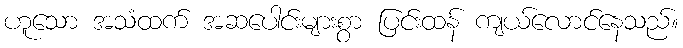
ဟူသော အသံထက် အဆပေါင်းများစွာ ပြင်းထန် ကျယ်လောင်နေသည်။